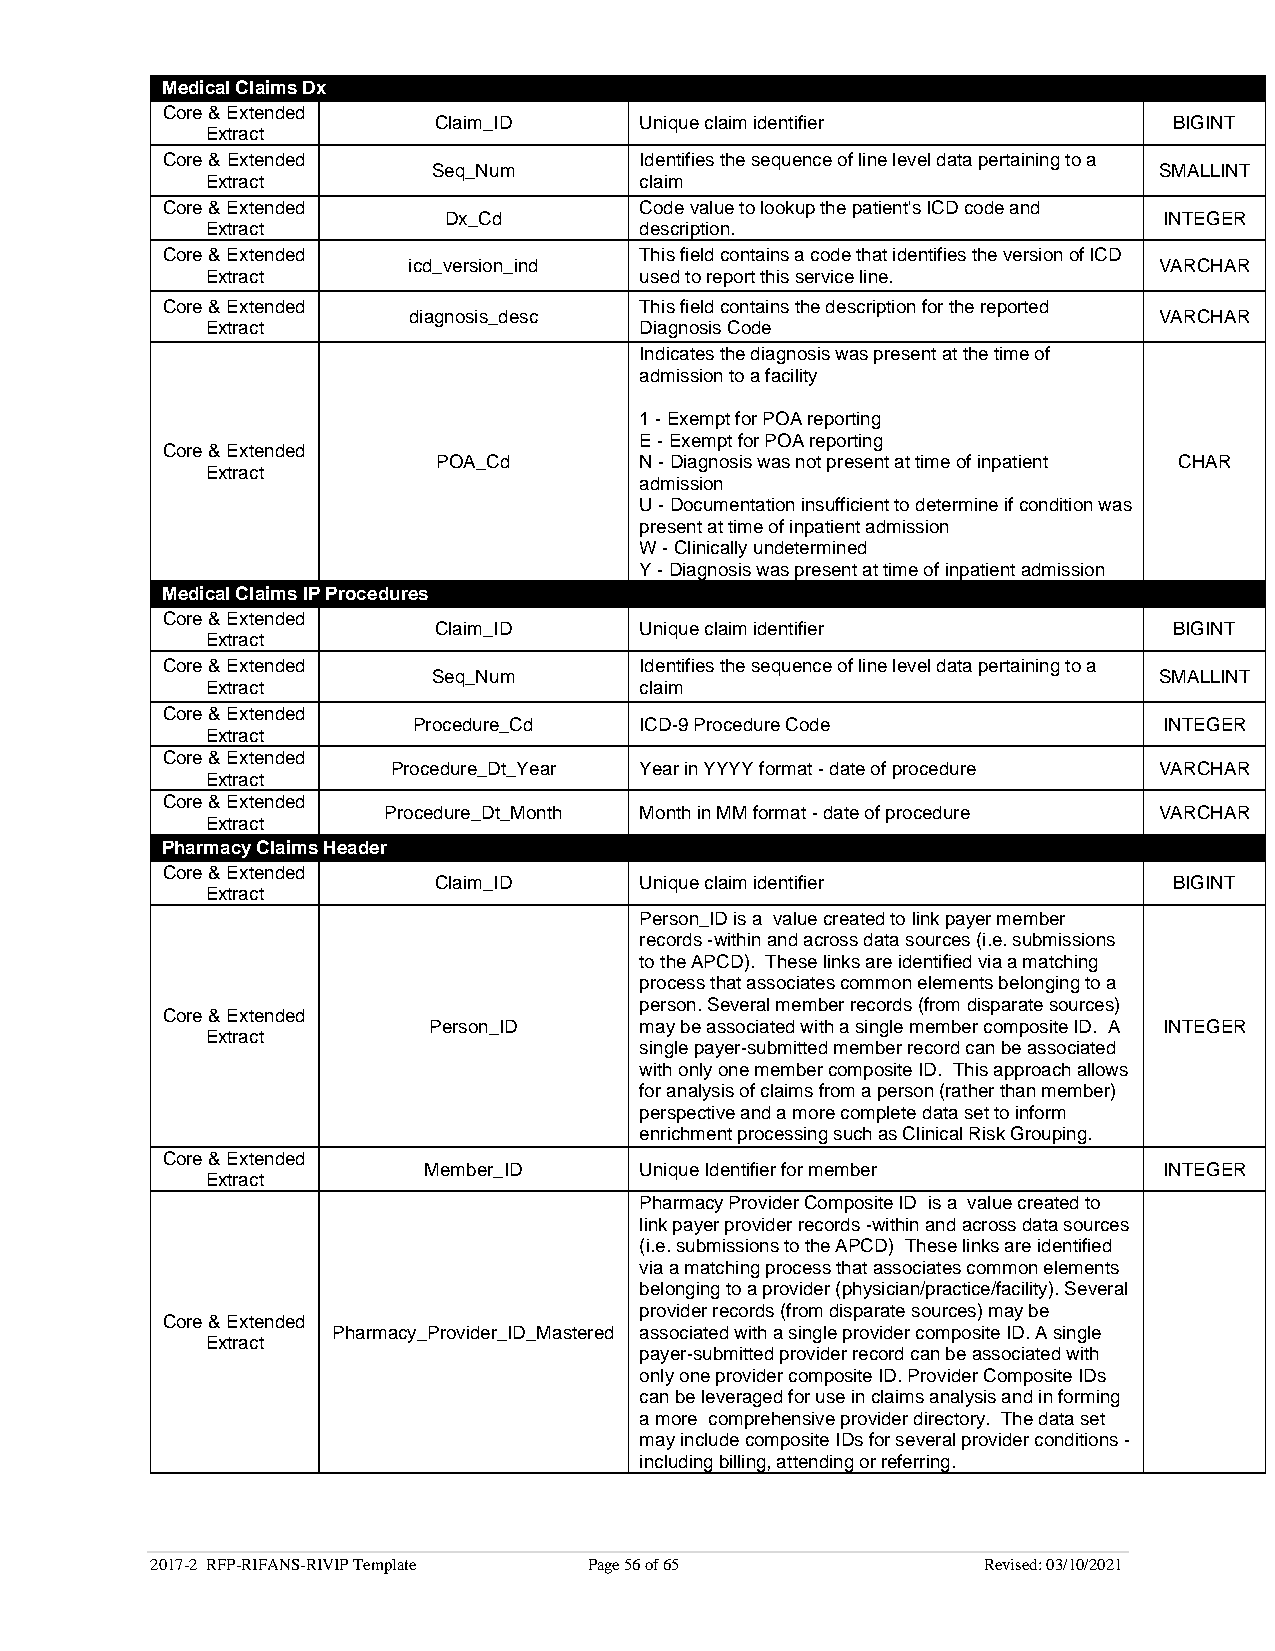
Medical Claims Dx              Type
 Core & Extended
 Claim_ID     Unique claim identifier             BIGINT
 Extract
 Core & Extended                Identifies the sequence of line level data pertaining to a
 Seq_Num                                         SMALLINT
 Extract                     claim
 Core & Extended                Code value to lookup the patient's ICD code and
 Dx_Cd                                           INTEGER
 Extract                     description.
 Core & Extended                This field contains a code that identifies the version of ICD
 icd_version_ind                                   VARCHAR
 Extract                     used to report this service line.
 Core & Extended                This field contains the description for the reported
 diagnosis_desc                                    VARCHAR
 Extract                     Diagnosis Code
 Indicates the diagnosis was present at the time of
 admission to a facility
 1 - Exempt for POA reporting
 E - Exempt for POA reporting
 Core & Extended
 POA_Cd       N - Diagnosis was not present at time of inpatient CHAR
 Extract
 admission
 U - Documentation insufficient to determine if condition was
 present at time of inpatient admission
 W - Clinically undetermined
 Y - Diagnosis was present at time of inpatient admission
 Medical Claims IP Procedures
 Core & Extended
 Claim_ID     Unique claim identifier             BIGINT
 Extract
 Core & Extended                Identifies the sequence of line level data pertaining to a
 Seq_Num                                         SMALLINT
 Extract                     claim
 Core & Extended
 Procedure_Cd   ICD-9 Procedure Code               INTEGER
 Extract
 Core & Extended
 Procedure_Dt_Year Year in YYYY format - date of procedure VARCHAR
 Extract
 Core & Extended
 Procedure_Dt_Month Month in MM format - date of procedure VARCHAR
 Extract
 Pharmacy Claims Header
 Core & Extended
 Claim_ID     Unique claim identifier             BIGINT
 Extract
 Person_ID is a value created to link payer member
 records -within and across data sources (i.e. submissions
 to the APCD). These links are identified via a matching
 process that associates common elements belonging to a
 person. Several member records (from disparate sources)
 Core & Extended
 Person_ID     may be associated with a single member composite ID. A INTEGER
 Extract
 single payer-submitted member record can be associated
 with only one member composite ID. This approach allows
 for analysis of claims from a person (rather than member)
 perspective and a more complete data set to inform
 enrichment processing such as Clinical Risk Grouping.
 Core & Extended
 Member_ID     Unique Identifier for member       INTEGER
 Extract
 Pharmacy Provider Composite ID is a value created to
 link payer provider records -within and across data sources
 (i.e. submissions to the APCD) These links are identified
 via a matching process that associates common elements
 belonging to a provider (physician/practice/facility). Several
 provider records (from disparate sources) may be
 Core & Extended
 Pharmacy_Provider_ID_Mastered associated with a single provider composite ID. A single
 Extract
 payer-submitted provider record can be associated with
 only one provider composite ID. Provider Composite IDs
 can be leveraged for use in claims analysis and in forming
 a more comprehensive provider directory. The data set
 may include composite IDs for several provider conditions -
 including billing, attending or referring.
 2017-2 RFP-RIFANS-RIVIP Template Page 56 of 65         Revised: 03/10/2021